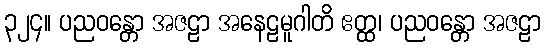
၃၂၄။ ပညဝန္တော အဇဠာ အနေဠမူဂါတိ ဧတ္ထ၊ ပညဝန္တော အဇဠာ